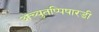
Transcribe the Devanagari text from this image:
अच्युतप्पिषारडी